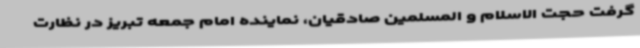
گرفت حجت الاسلام و المسلمین صادقیان، نماینده امام جمعه تبریز در نظارت